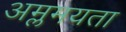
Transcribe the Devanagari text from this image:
अम्लमयता